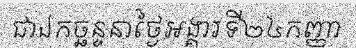
ជាឯកច្ឆន្ទនាថ្ងៃអង្គារទី២៤កញ្ញា